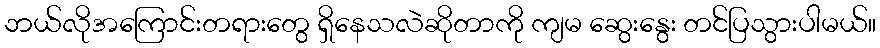
ဘယ်လိုအကြောင်းတရားတွေ ရှိနေသလဲဆိုတာကို ကျမ ဆွေးနွေး တင်ပြသွားပါမယ်။